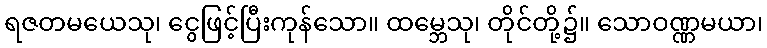
ရဇတမယေသု၊ ငွေဖြင့်ပြီးကုန်သော။ ထမ္ဘေသု၊ တိုင်တို့၌။ သောဝဏ္ဏမယာ၊